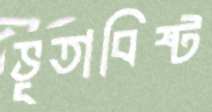
ভূতাবিষ্ট